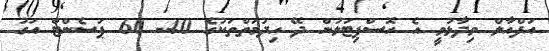
އަފްއާލް ވިދާޅުވީ އެ ހޮސްޕިޓަލުން ދޭ ހިދުމަތްތަކުގެ 40- 60 ޕަސެންޓް އަގު